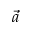
\vec { a }